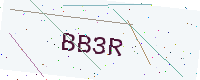
Text: BB3R